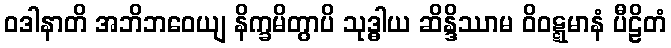
ဝဒါနာတိ အဘိဘဝေယျ နိက္ခမိတွာပိ သုဒ္ဓါယ ဆိန္ဒိဿာမ ဝိဝဋ္ဋမာနံ ပီဠိတံ